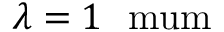
\lambda = 1 ~ \mathrm { \ m u m }